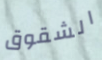
الشقوق